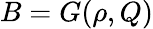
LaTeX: B=G(\rho,Q)